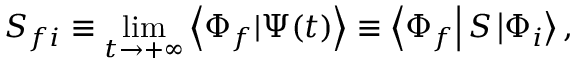
S _ { f i } \equiv \operatorname* { l i m } _ { t \rightarrow + \infty } \left\langle \Phi _ { f } | \Psi ( t ) \right\rangle \equiv \left\langle \Phi _ { f } \right| S \left| \Phi _ { i } \right\rangle ,